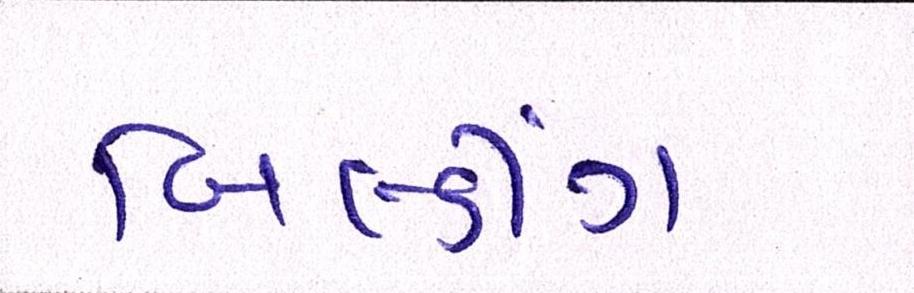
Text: બિલ્ડીંગ